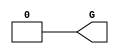
module GND(G);


`ifdef XIL_TIMING

    parameter LOC = "UNPLACED";

`endif

    output G;

    assign G = 1'b0;

endmodule